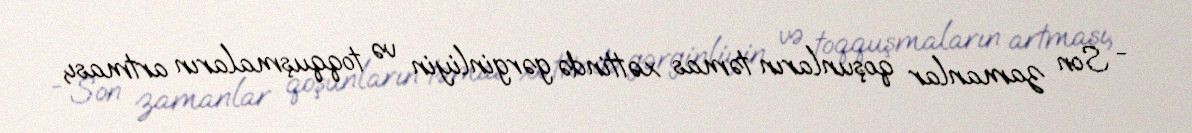
- Son zamanlar qoşunların təmas xəttində gərginliyin və toqquşmaların artması,